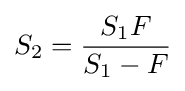
S_{2}={\frac {S_{1}F}{S_{1}-F}}